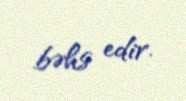
bəhs edir.